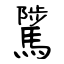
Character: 騭